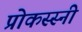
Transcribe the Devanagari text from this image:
प्रोकस्स्नी